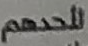
لأحدهم